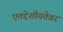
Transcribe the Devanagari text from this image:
एतद्देशीयतेवर